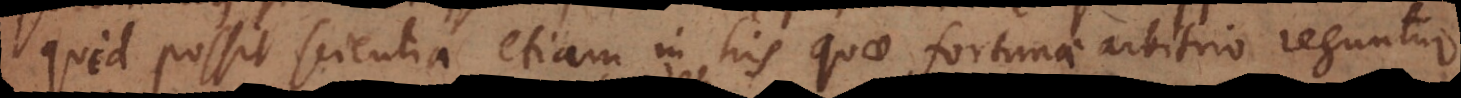
quid possit scientia etiam in his quae fortunae arbitrio reguntur